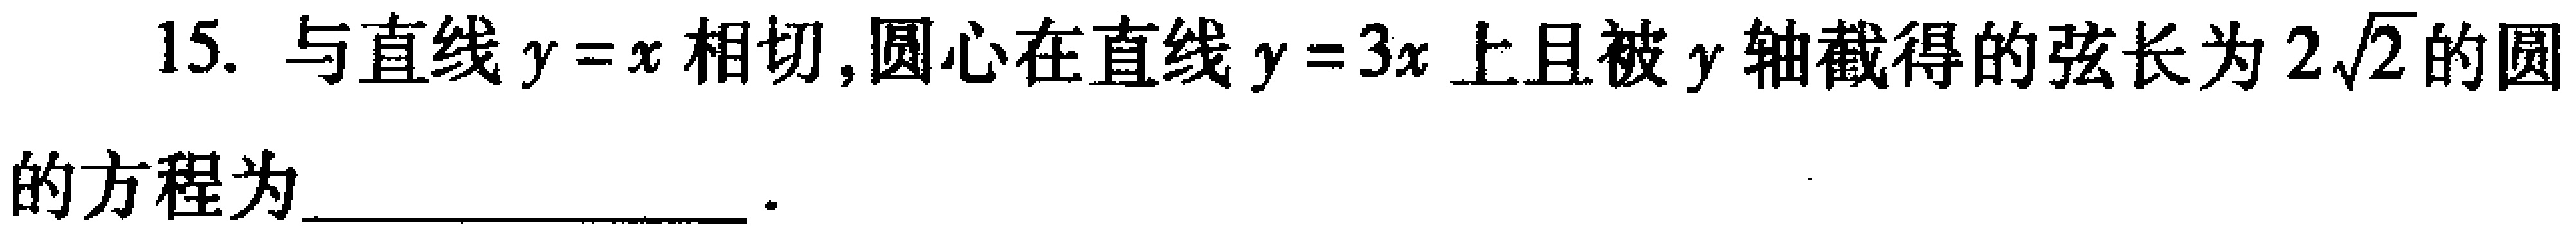
15. 与直线\(y = x\)相切，圆心在直线\(y = 3x\)上且被\(y\)轴截得的弦长为\(2\sqrt{2}\)的圆的方程为  __________________ 。